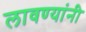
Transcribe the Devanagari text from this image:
लावण्यांनी